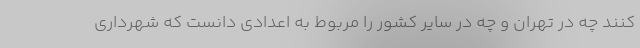
کنند چه در تهران و چه در سایر کشور را مربوط به اعدادی دانست که شهرداری